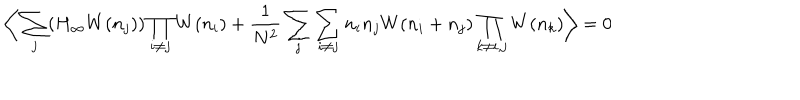
\bigg \langle \sum _ { j } ( H _ { \infty } W ( n _ { j } ) ) \prod _ { i \not = j } W ( n _ { i } ) + { \frac { 1 } { N ^ { 2 } } } \sum _ { j } \sum _ { i \not = j } n _ { i } n _ { j } W ( n _ { i } + n _ { j } ) \prod _ { k \not = i , j } W ( n _ { k } ) \bigg \rangle = 0